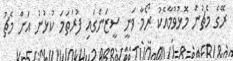
ރޭގެ މެޗުން މޮޅުވުމާއެކު ރޯމާ ވަނީ ސީޒަންގައި ފުރަތަމަ ކުޅުނު އަށް މެޗު